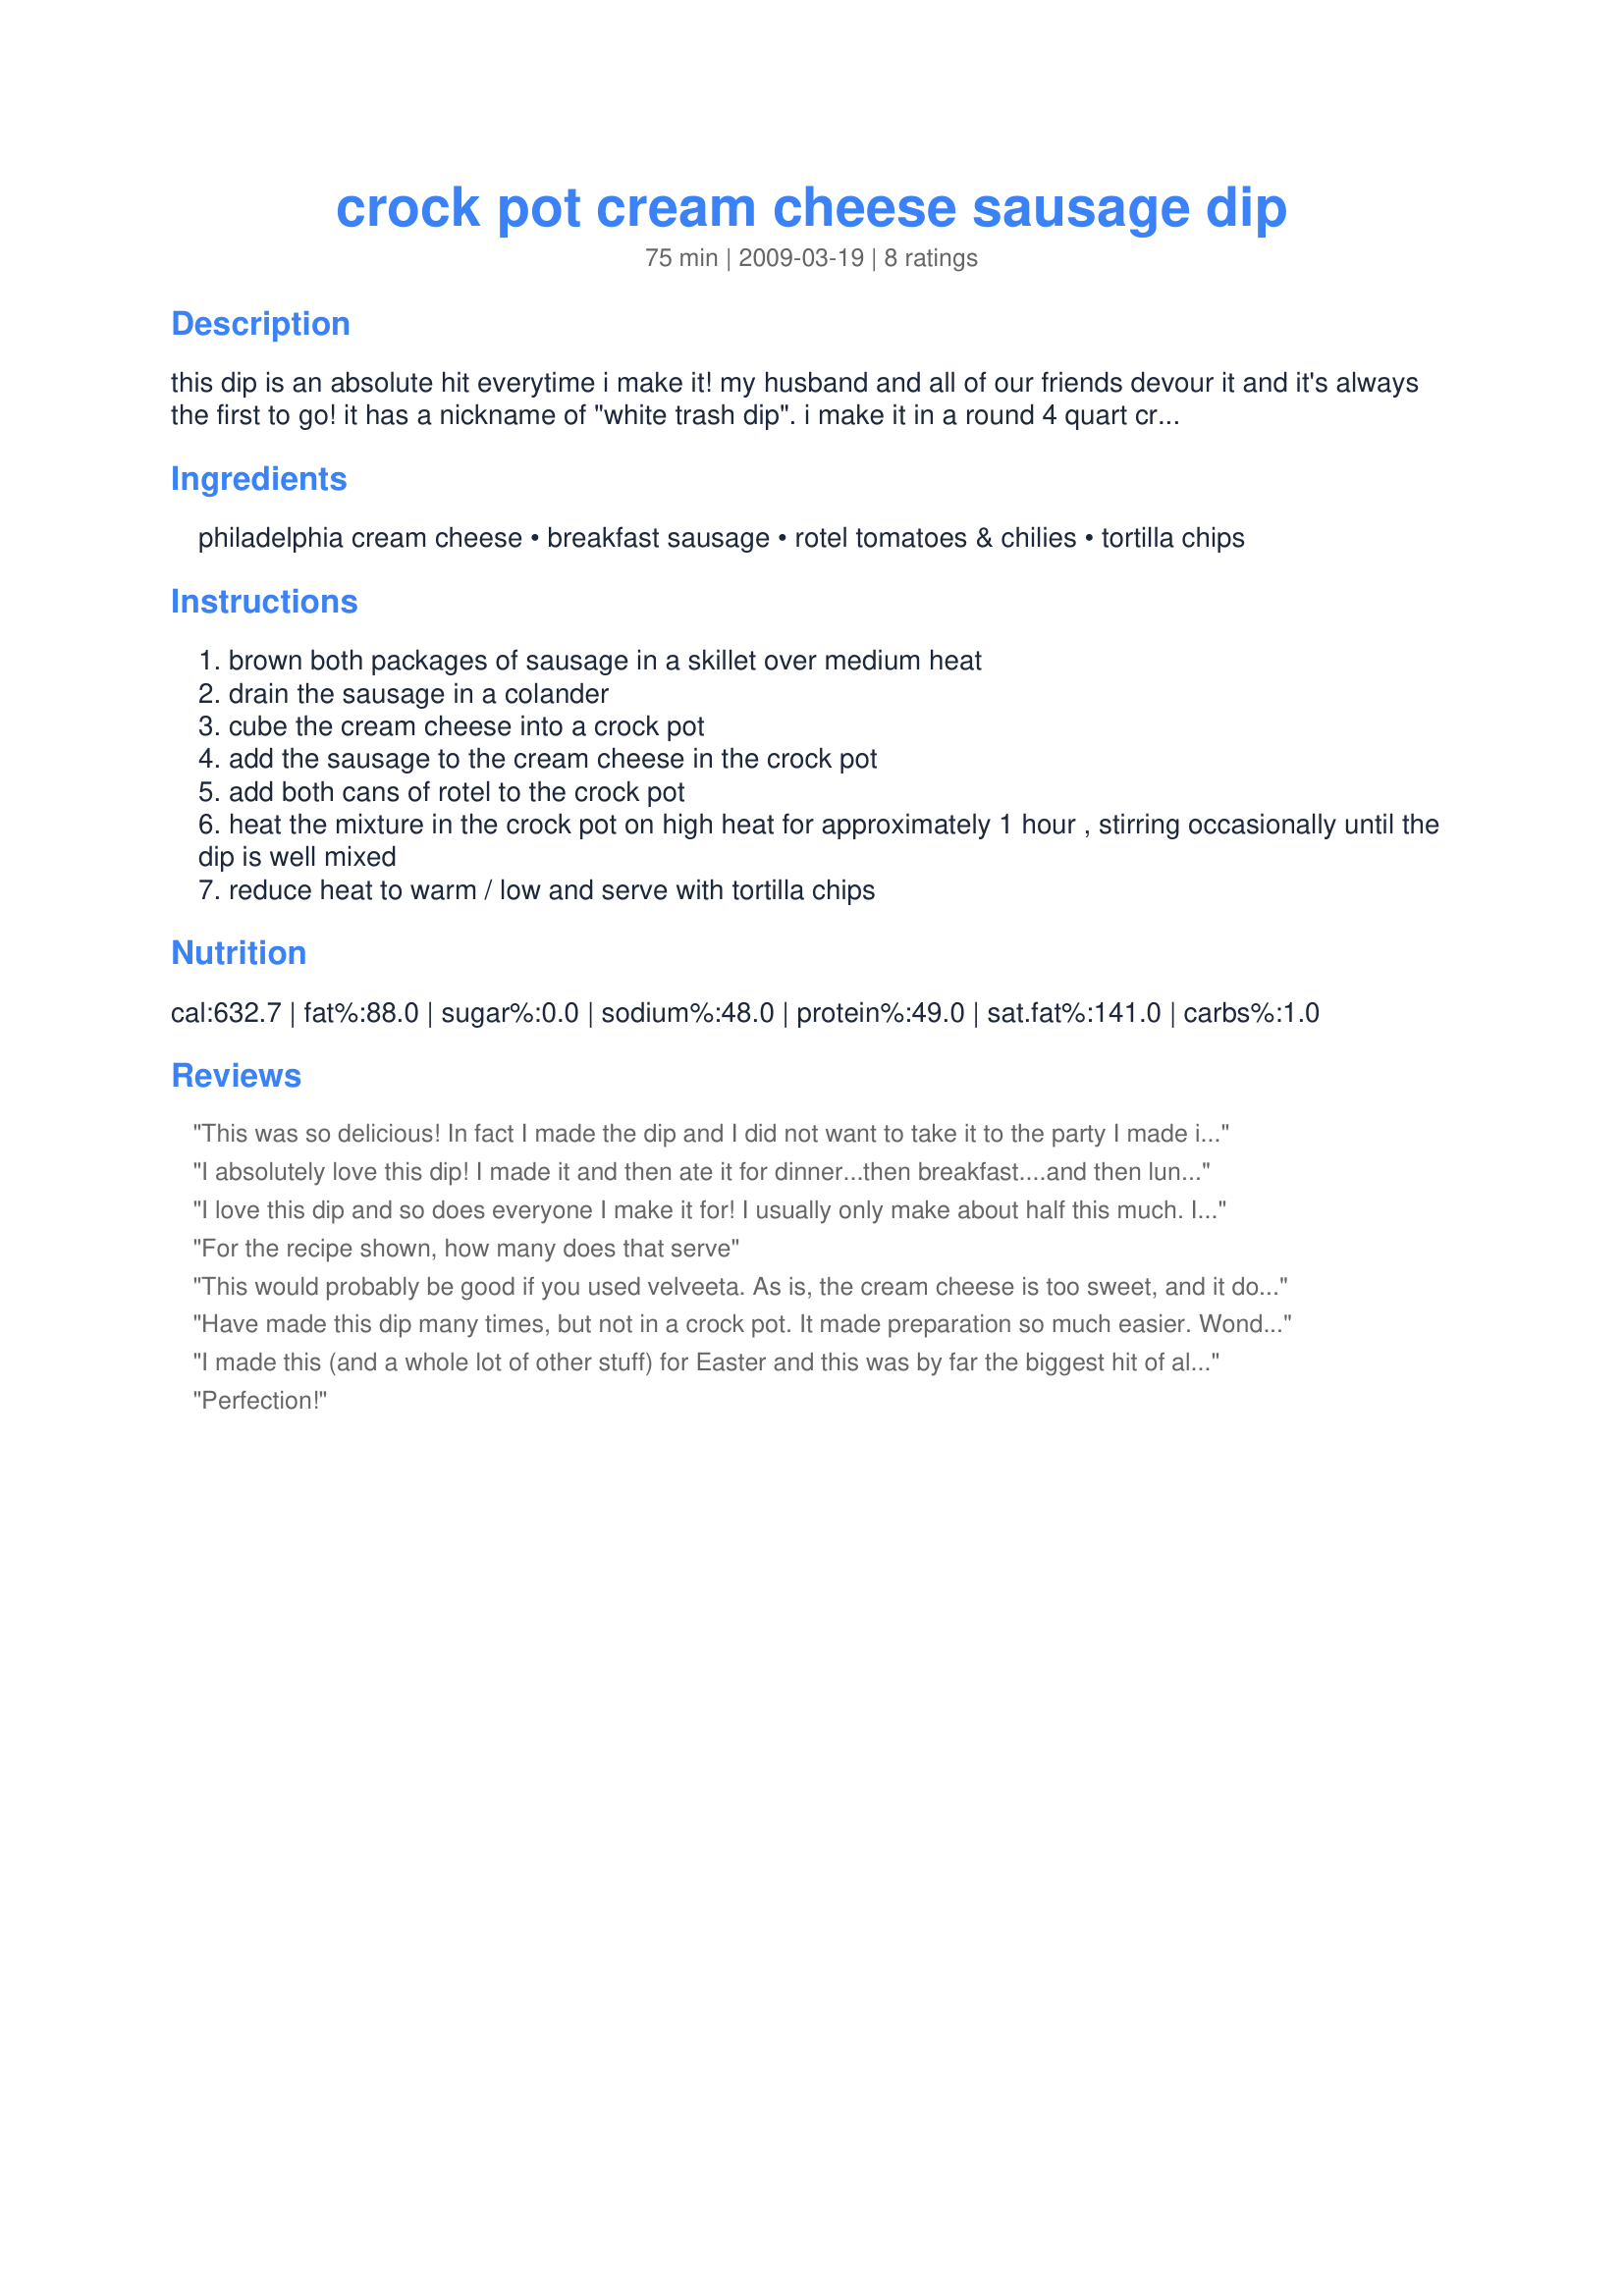
crock pot cream cheese sausage dip
Preparation time: 75 minutes

this dip is an absolute hit everytime i make it! my husband and all of our friends devour it and it's always the first to go! it has a nickname of "white trash dip". i make it in a round 4 quart crock pot, but the recipe can be halved or doubled for smaller or larger crock pots.

Ingredients:
philadelphia cream cheese, breakfast sausage, rotel tomatoes & chilies, tortilla chips

Steps:
brown both packages of sausage in a skillet over medium heat
drain the sausage in a colander
cube the cream cheese into a crock pot
add the sausage to the cream cheese in the crock pot
add both cans of rotel to the crock pot
heat the mixture in the crock pot on high heat for approximately 1 hour , stirring occasionally until the dip is well mixed
reduce heat to warm / low and serve with tortilla chips

Reviews:
This was so delicious! In fact I made the dip and I did not want to take it to the party I made it for, in fact I no longer wanted to go to the party! I just wanted to stay home and eat all the dip by myself. It was that good. I will definitely be keeping this recipe and making it again.
I absolutely love this dip! I made it and then ate it for dinner...then breakfast....and then lunch...! That's pitiful. But that's just how yummy it is! :-)
I love this dip and so does everyone I make it for! I usually only make about half this much. I use spicy sausage and regular rotel.
For the recipe shown, how many does that serve
This would probably be good if you used velveeta. As is, the cream cheese is too sweet, and it does not blend well at all with the Ro-tel. In fact, the combo caused the Ro-tel to taste SOUR, and I have never noticed a sour note in Ro-tel before..EPIC FAIL. Approximately, 14.00 down the drain.
Have made this dip many times, but not in a crock pot. It made preparation so much easier. Wonderful dip!!!
I made this (and a whole lot of other stuff) for Easter and this was by far the biggest hit of all! Even I, who can't eat much ground meat due to a texture issue, really liked it! I'm making it again this Saturday for my husband's birthday party!!
Perfection!
